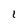
Character: 1